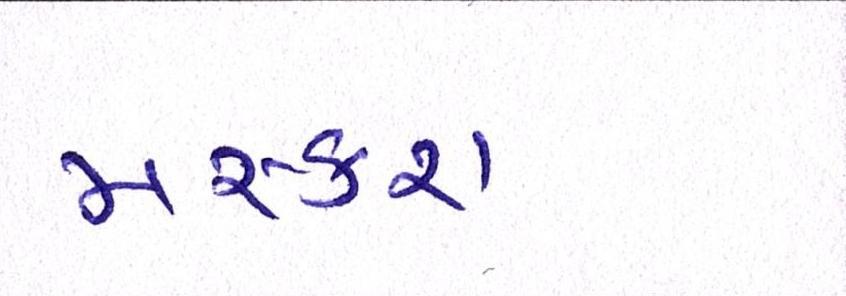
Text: મસ્કરા